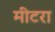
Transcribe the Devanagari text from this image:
मीटरा